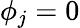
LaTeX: \phi_{j}=0